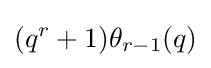
(q^{r}+1)\theta _{r-1}(q)